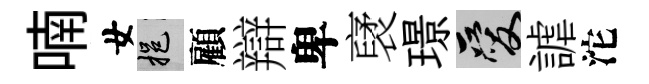
喃女挹顧辯卑裦璟爱謔沱